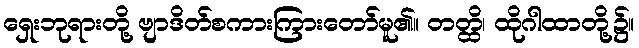
ရှေးဘုရားတို့ ဗျာဒိတ်စကားကြားတော်မူ၏။ တတ္ထိ၊ ထိုဂါထာတို့၌။